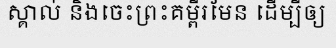
ស្គាល់ និងចេះព្រះគម្ពីរមែន ដើម្បីឲ្យ